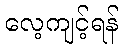
လေ့ကျင့်ရန်